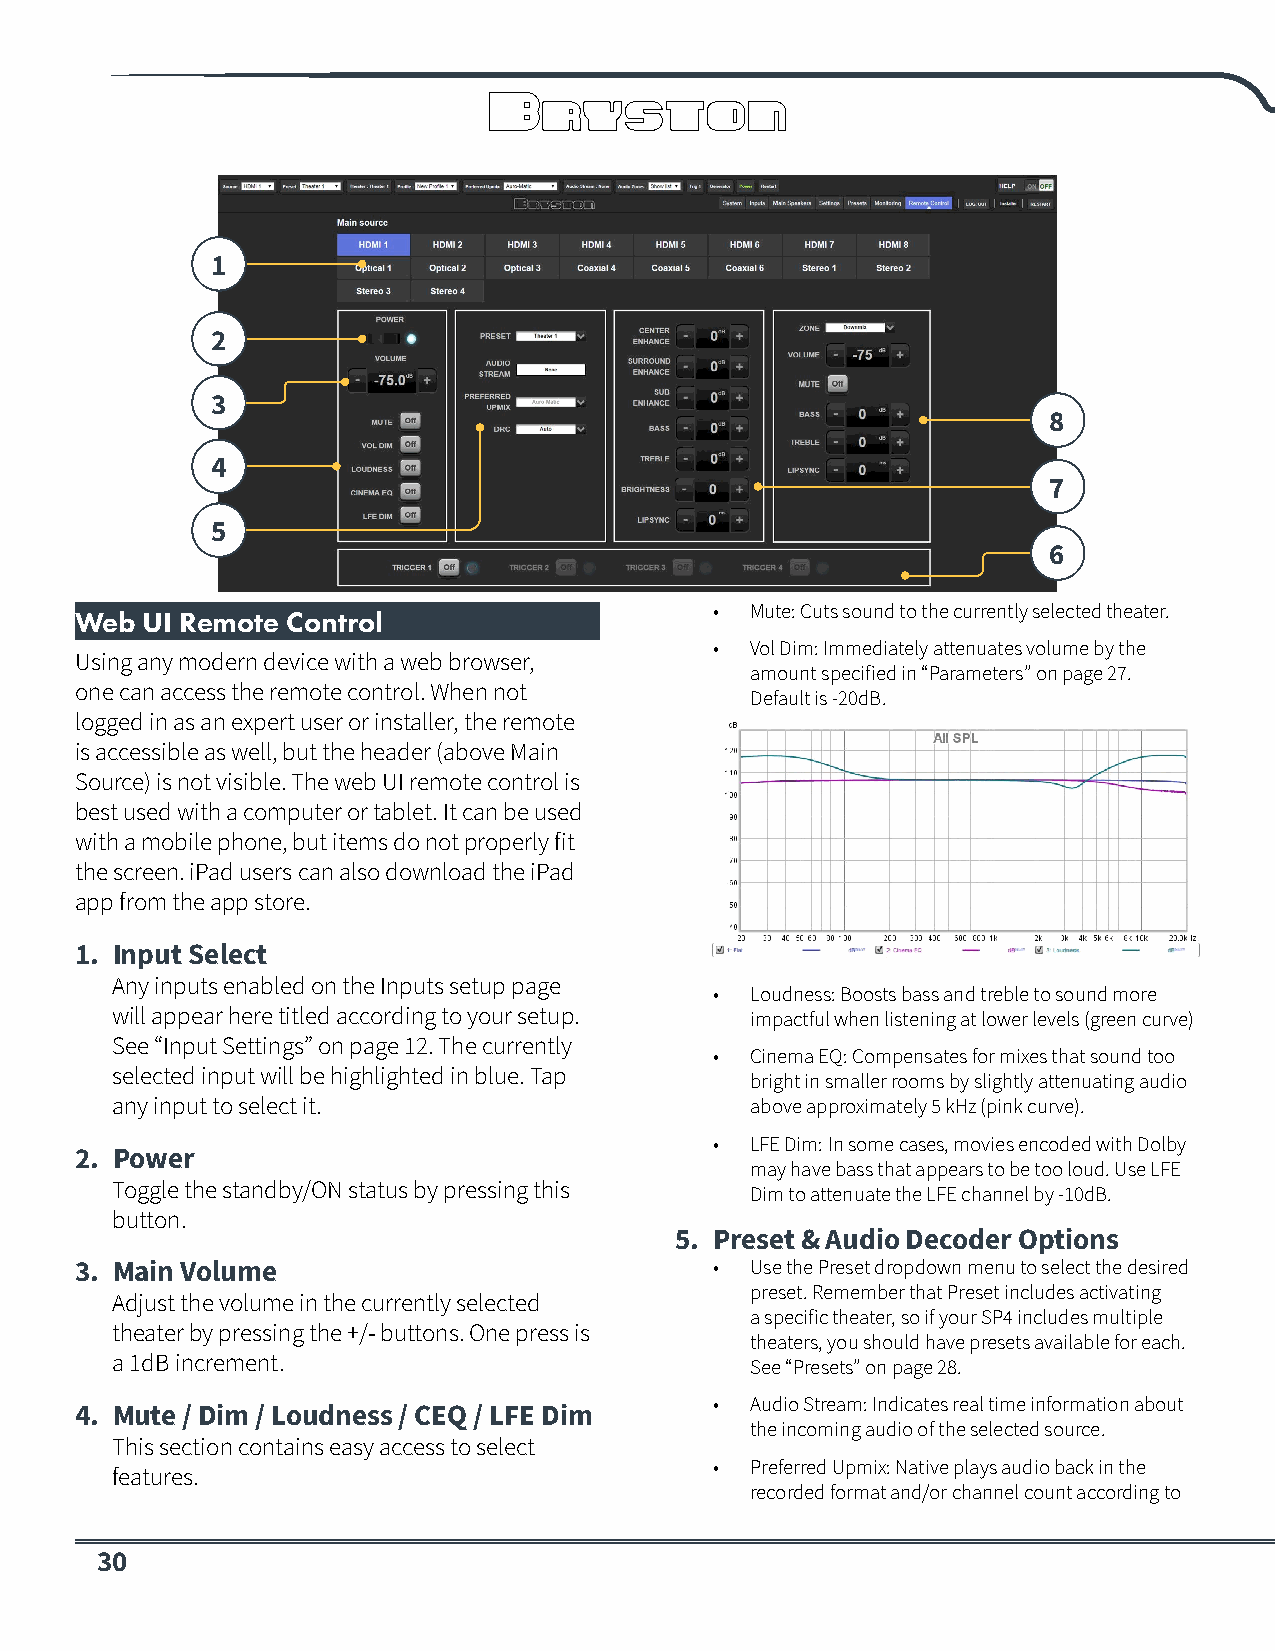
1
 2
 3
 8
 4
 7
 5
 6
 •  Mute: Cuts sound to the currently selected theater.
 Web UI Remote Control
 •  Vol Dim: Immediately attenuates volume by the
 Using any modern device with a web browser,
 amount specified in “Parameters” on page 27.
 one can access the remote control. When not
 Default is -20dB.
 logged in as an expert user or installer, the remote
 is accessible as well, but the header (above Main
 Source) is not visible. The web UI remote control is
 best used with a computer or tablet. It can be used
 with a mobile phone, but items do not properly fit
 the screen. iPad users can also download the iPad
 app from the app store.
 1. Input Select
 Any inputs enabled on the Inputs setup page
 •  Loudness: Boosts bass and treble to sound more
 will appear here titled according to your setup. impactful when listening at lower levels (green curve)
 See “Input Settings” on page 12. The currently
 •  Cinema EQ: Compensates for mixes that sound too
 selected input will be highlighted in blue. Tap
 bright in smaller rooms by slightly attenuating audio
 any input to select it.                    above approximately 5 kHz (pink curve).
 •  LFE Dim: In some cases, movies encoded with Dolby
 2. Power
 may have bass that appears to be too loud. Use LFE
 Toggle the standby/ON status by pressing this
 Dim to attenuate the LFE channel by -10dB.
 button.
 5. Preset & Audio Decoder Options
 3. Main Volume                            •  Use the Preset dropdown menu to select the desired
 preset. Remember that Preset includes activating
 Adjust the volume in the currently selected
 a specific theater, so if your SP4 includes multiple
 theater by pressing the +/- buttons. One press is
 theaters, you should have presets available for each.
 a 1dB increment.                           See “Presets” on page 28.
 •  Audio Stream: Indicates real time information about
 4. Mute / Dim / Loudness / CEQ / LFE Dim
 the incoming audio of the selected source.
 This section contains easy access to select
 •  Preferred Upmix: Native plays audio back in the
 features.
 recorded format and/or channel count according to
 30